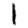
Digit: 1